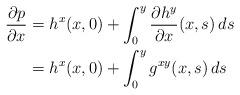
LaTeX: \begin{align*}\frac{\partial p}{\partial x}&= h^x(x,0) + \int_0^y \frac{\partial h^y}{\partial x}(x,s) \, ds\\&= h^x(x,0) + \int_0^y g^{xy}(x,s) \, ds\end{align*}